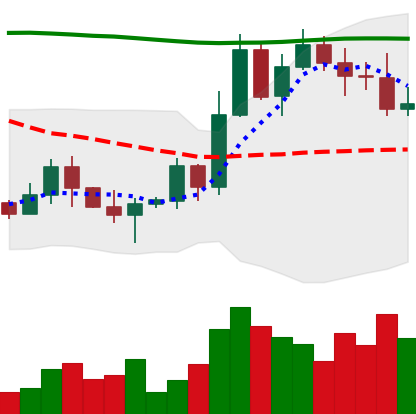
Ticker: BTC-USD
Chart end date: 2022-11-03
Forward return: -8.257%
Label: down_7plus